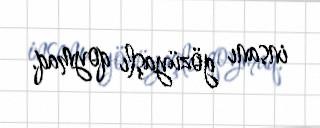
insanı gözüyaşlı qoymaq.